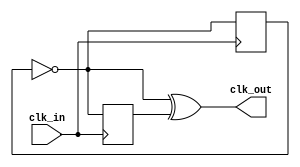
// Copyright 2008 Altera Corporation. All rights reserved.  
// Altera products are protected under numerous U.S. and foreign patents, 
// maskwork rights, copyrights and other intellectual property laws.  
//
// This reference design file, and your use thereof, is subject to and governed
// by the terms and conditions of the applicable Altera Reference Design 
// License Agreement (either as signed by you or found at www.altera.com).  By
// using this reference design file, you indicate your acceptance of such terms
// and conditions between you and Altera Corporation.  In the event that you do
// not agree with such terms and conditions, you may not use the reference 
// design file and please promptly destroy any copies you have made.
//
// This reference design file is being provided on an "as-is" basis and as an 
// accommodation and therefore all warranties, representations or guarantees of 
// any kind (whether express, implied or statutory) including, without 
// limitation, warranties of merchantability, non-infringement, or fitness for
// a particular purpose, are specifically disclaimed.  By making this reference
// design file available, Altera expressly does not recommend, suggest or 
// require that this reference design file be used in combination with any 
// other product not provided by Altera.
/////////////////////////////////////////////////////////////////////////////

// This is an interesting circut that effectively moves a clock
// off of the global clock network onto local routing.  It
// will cause some skew and duty distortion.  In the strict
// sense you can use this circuit to avoid gated clock warnings.
// However, it is unclear that the underlying timing situation is
// any better than the simple "out = clk" version.

module clock_follow (
	input clk_in,
	output clk_out
);

reg rp = 1'b0;
reg rn = 1'b0;

always @(posedge clk_in) begin
	rp <= ~rp;
end

always @(negedge clk_in) begin
	rn <= ~rp;
end

assign clk_out = ~rp ^ rn;

endmodule